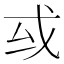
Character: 㦯